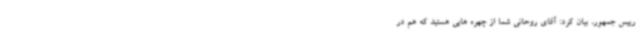
رییس جمهور، بیان کرد: آقای روحانی شما از چهره هایی هستید که هم در